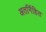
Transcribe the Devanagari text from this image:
अतर्निहित